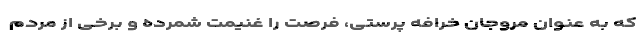
که به عنوان مروجان خرافه پرستی، فرصت را غنیمت شمرده و برخی از مردم